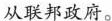
从联邦政府。